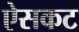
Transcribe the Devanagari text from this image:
ऐसकट